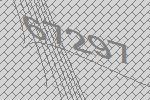
67297